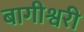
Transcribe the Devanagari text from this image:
बागीश्वरी